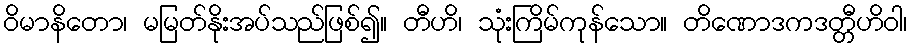
ဝိမာနိတော၊ မမြတ်နိုးအပ်သည်ဖြစ်၍။ တီဟိ၊ သုံးကြိမ်ကုန်သော။ တိဏောဒကဒတ္တီဟိဝါ၊